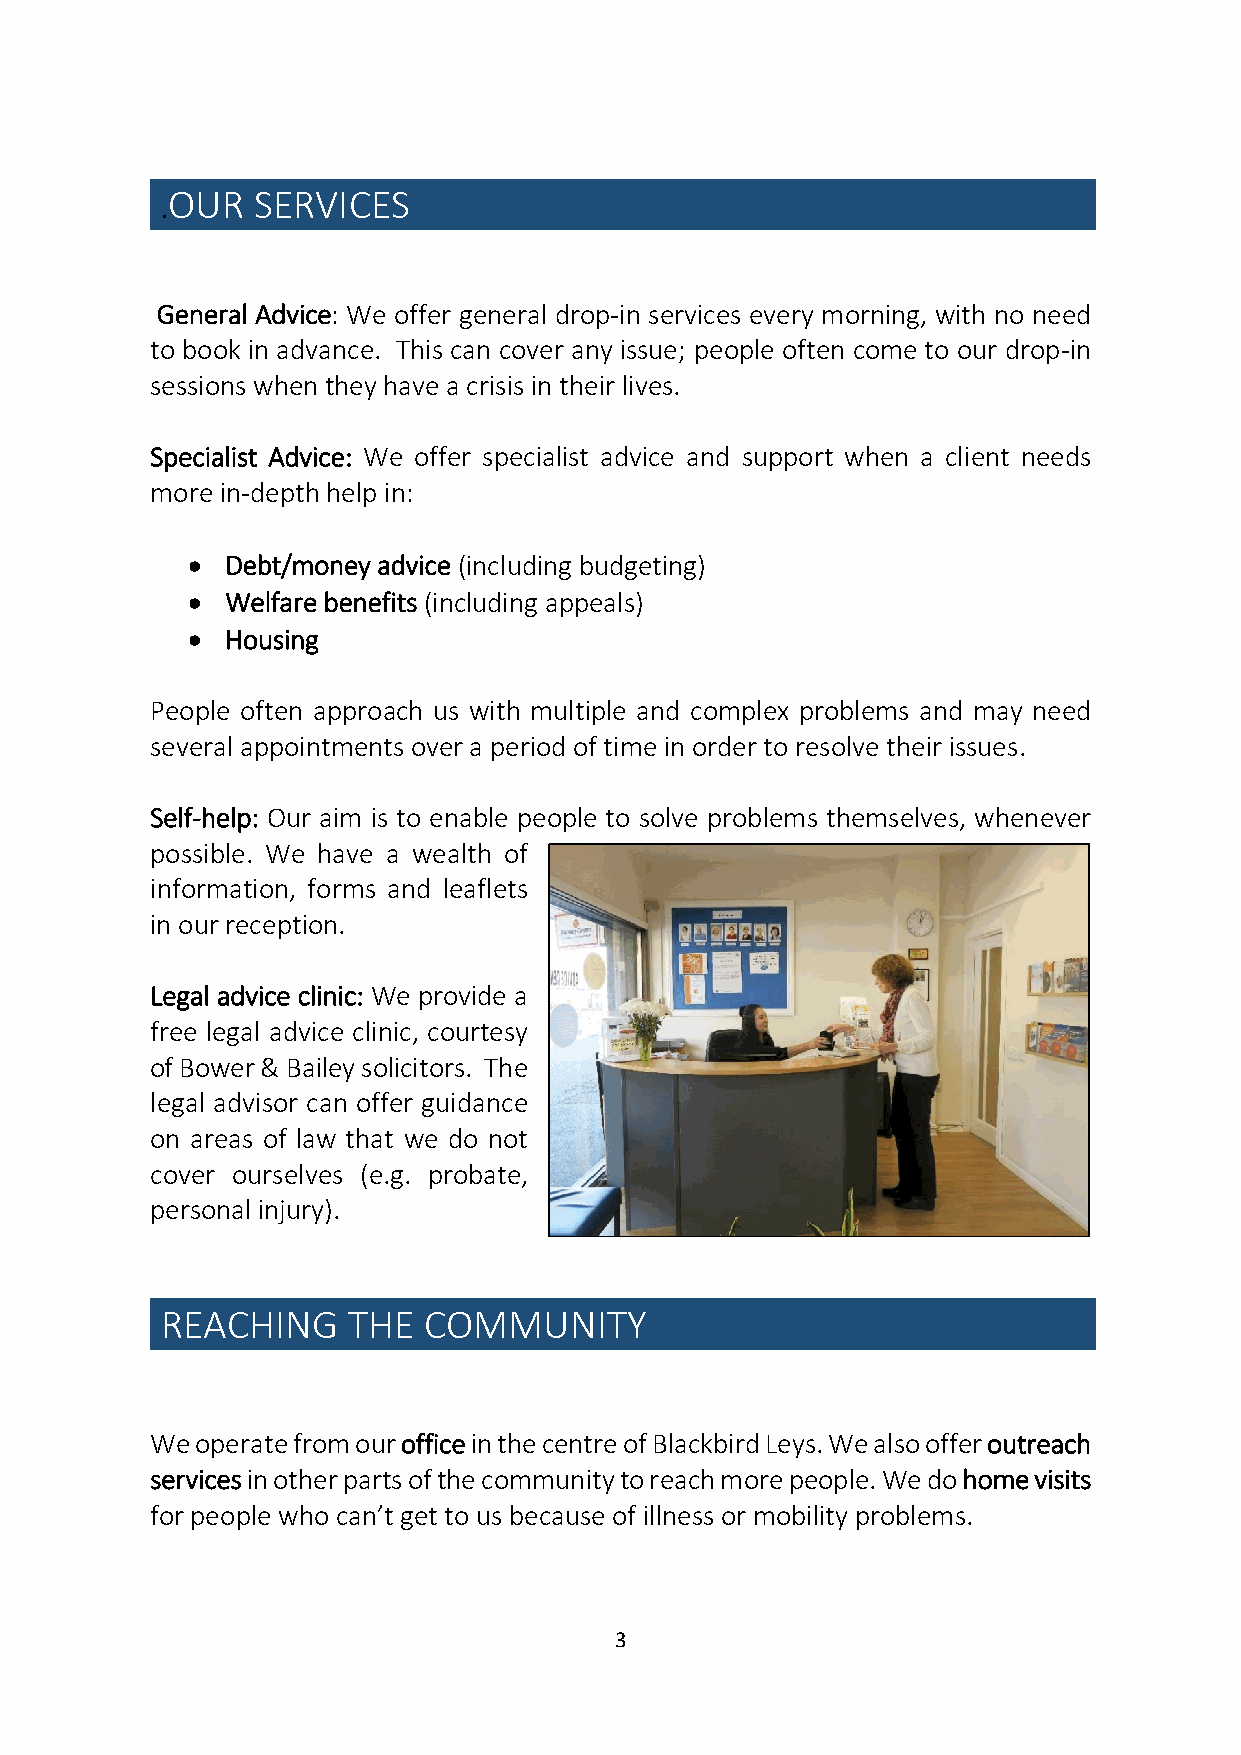
OUR   SERVICES
 .
 General Advice: We offer general drop-in services every morning, with no need
 to book in advance. This can cover any issue; people often come to our drop-in
 sessions when they have a crisis in their lives.
 Specialist Advice: We offer specialist advice and support when a client needs
 more in-depth help in:
   Debt/money advice (including budgeting)
   Welfare benefits (including appeals)
   Housing
 People often approach us with multiple and complex problems and may need
 several appointments over a period of time in order to resolve their issues.
 Self-help: Our aim is to enable people to solve problems themselves, whenever
 possible. We have a wealth of
 information, forms and leaflets
 in our reception.
 Legal advice clinic: We provide a
 free legal advice clinic, courtesy
 of Bower & Bailey solicitors. The
 legal advisor can offer guidance
 on areas of law that we do not
 cover ourselves (e.g. probate,
 personal injury).
 REACHING    THE  COMMUNITY
 We operate from our office in the centre of Blackbird Leys. We also offer outreach
 services in other parts of the community to reach more people. We do home visits
 for people who can’t get to us because of illness or mobility problems.
 3